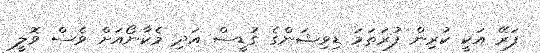
ފަރޭ އަކީ ކުރިން ފުރަތަމަ ޑިވިޝަންގެ ގުޑީސް އަދި މެކާނޯއަށް ވެސް ވޮލީ